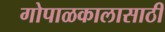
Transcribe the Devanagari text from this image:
गोपाळकालासाठी